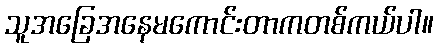
သူအခြေအနေမကောင်းတာကတစ်ကယ်ပါ။